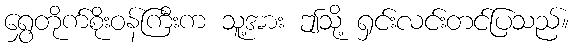
ရွှေတိုက်စိုးဝန်ကြီးက သူ့အား ဤသို့ ရှင်းလင်းတင်ပြသည်။